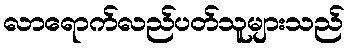
လာရောက်လည်ပတ်သူများသည်